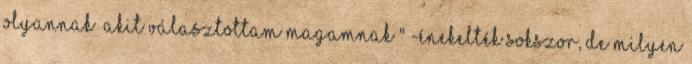
olyannak Akit választottam magamnak " -énekelték sokszor, de milyen